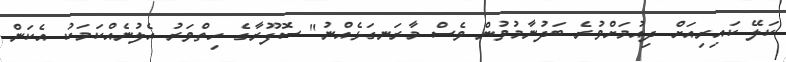
ކަލޭ ކައިރިއަށް ދިއުމަށްވުރެ ބަދުނާމުވުން ވެސް މާރަނގަޅެއްނު" ސޮފޫރާގެ ހިތްވަރު އެލުނެއްކަމަކު އެކަން